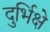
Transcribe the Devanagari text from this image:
दुर्भिक्षे